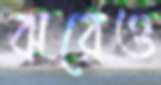
ঝরেও